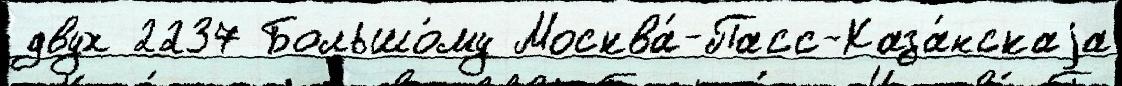
двух 2237 Большо́му Москва́-Пасс-Каза́нскаjа